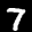
Label: 7